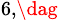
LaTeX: ^{6,\dag}